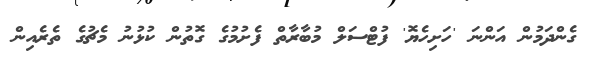
ގެންދަމުން އަންނަ 'ހަށިހެޔޮ' ފުޓްސަލް މުބާރާތް ފެށުމުގެ ގޮތުން ކުޅުނު މެޗުގެ ތެރެއިން